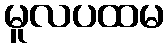
မူလပထမ